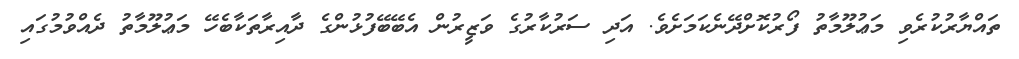
ތައްޔާރުކުރެވި މަޢުލޫމާތު ފޯރުކޮށްދޭނެކަމަށެވެ. އަދި ސަރުކާރުގެ ވަޒީރުން އެބޭބޭފުޅުންގެ ދާއިރާތަކާބެހޭ މަޢުލޫމާތު ދެއްވުމުގައި